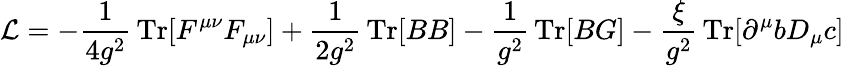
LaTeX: {\mathcal{L}}=-{\frac{1}{4g^{2}}}\operatorname{Tr}[F^{\mu\nu}F_{\mu\nu}]+{\frac{1}{2g^{2}}}\operatorname{Tr}[BB]-{\frac{1}{g^{2}}}\operatorname{Tr}[BG]-{\frac{\xi}{g^{2}}}\operatorname{Tr}[\partial^{\mu}bD_{\mu}c]